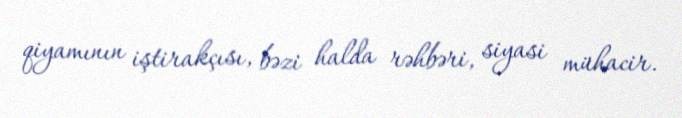
qiyamının iştirakçısı, bəzi halda rəhbəri, siyasi mühacir.